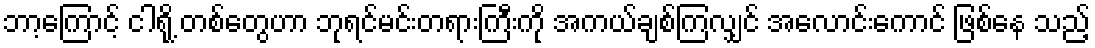
ဘာ့ကြောင့် ငါရို့ တစ်တွေဟာ ဘုရင်မင်းတရားကြီးကို အကယ်ချစ်ကြလျှင် အလောင်းကောင် ဖြစ်နေ သည့်